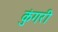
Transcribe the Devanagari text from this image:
कुंगरी